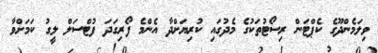
ވިލަމެންދޫގެ ކެޕްޓަން ރިިސޯޓުތަކުގެ މެދުގައި ކުރިޔަށްދާ އެންމެ ފޯރިގަދަ ފުޓްސަލް ލީގު ކަމަށްވާ